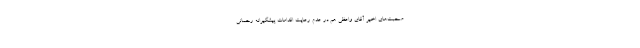
صحبت‌های اخیر آقای واعظی هم در عدم رعایت اقدامات پیشگیرانه رحمانی